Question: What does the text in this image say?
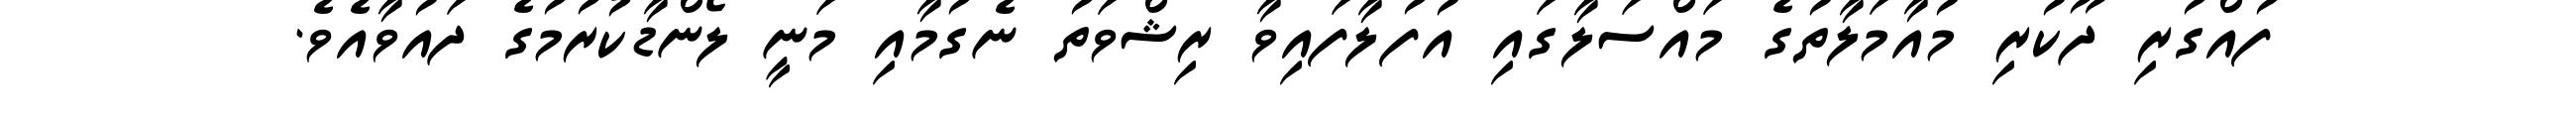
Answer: ފުއްގުރި ދޫކުރި މުއާމަލާތުގެ މައްސަލާގައި އުފުލާފައިވާ ރިޝްވަތު ނެގުމާއި މަނީ ލޯންޑާކުރުމުގެ ދައުވާއެވެ.